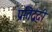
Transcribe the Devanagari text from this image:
प्रतिद्व्ंदी